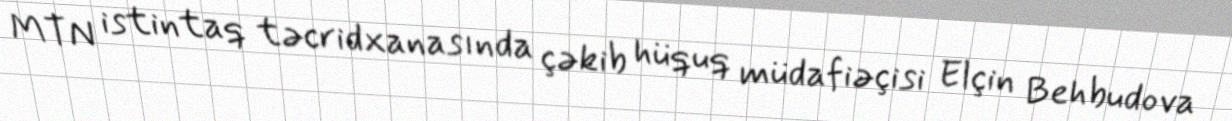
MTN istintaq təcridxanasında çəkib hüquq müdafiəçisi Elçin Behbudova